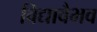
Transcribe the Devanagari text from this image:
विद्यावैभव